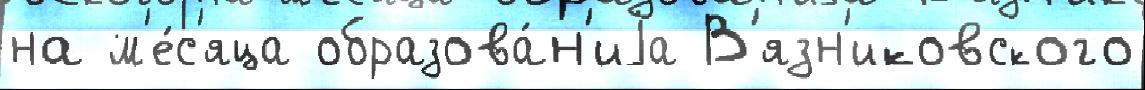
на м'е́с'яца образова́н'иjа В'язн'иковского